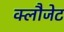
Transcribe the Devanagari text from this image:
क्लौजेट